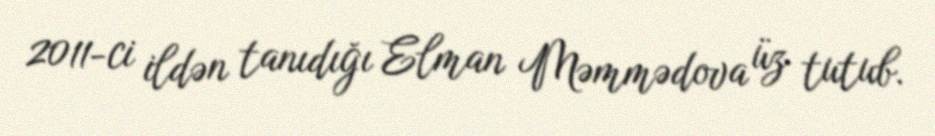
2011-ci ildən tanıdığı Elman Məmmədova üz tutub.